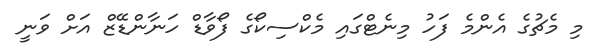
މި މެޗުގެ އެންމެ ފަހު މިނެޓްގައި މެކްސިކޯގެ ފޯވާޑް ހަނާންޑޭޒް އަށް ވަނީ